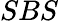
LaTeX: SBS